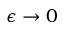
\epsilon \to 0